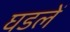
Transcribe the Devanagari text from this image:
घडलें